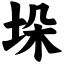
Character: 垛